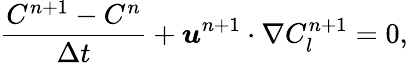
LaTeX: \frac{C^{n+1}-C^{n}}{\Delta t}+\boldsymbol{u}^{n+1}\cdot\nabla C_{l}^{n+1}=0,